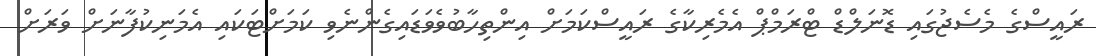
ރައީސްގެ މެސެޖުގައި ޑޮނަލްޑް ޓްރަމްޕް އެމެރިކާގެ ރައީސްކަމަށް އިންތިހާބުވެވަޑައިގެންނެވި ކަމަށްޓަކައި އެމަނިކުފާނަށް ވަރަށް